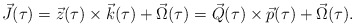
\begin{align*}\vec{J}(\tau)= \vec{z}(\tau)\times\vec{k}(\tau)+\vec{\Omega}(\tau)= \vec{Q}(\tau)\times\vec{p}(\tau)+\vec{\Omega}(\tau). \end{align*}